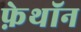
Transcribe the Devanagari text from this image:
फ़ेथॉन